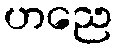
ဟညေ